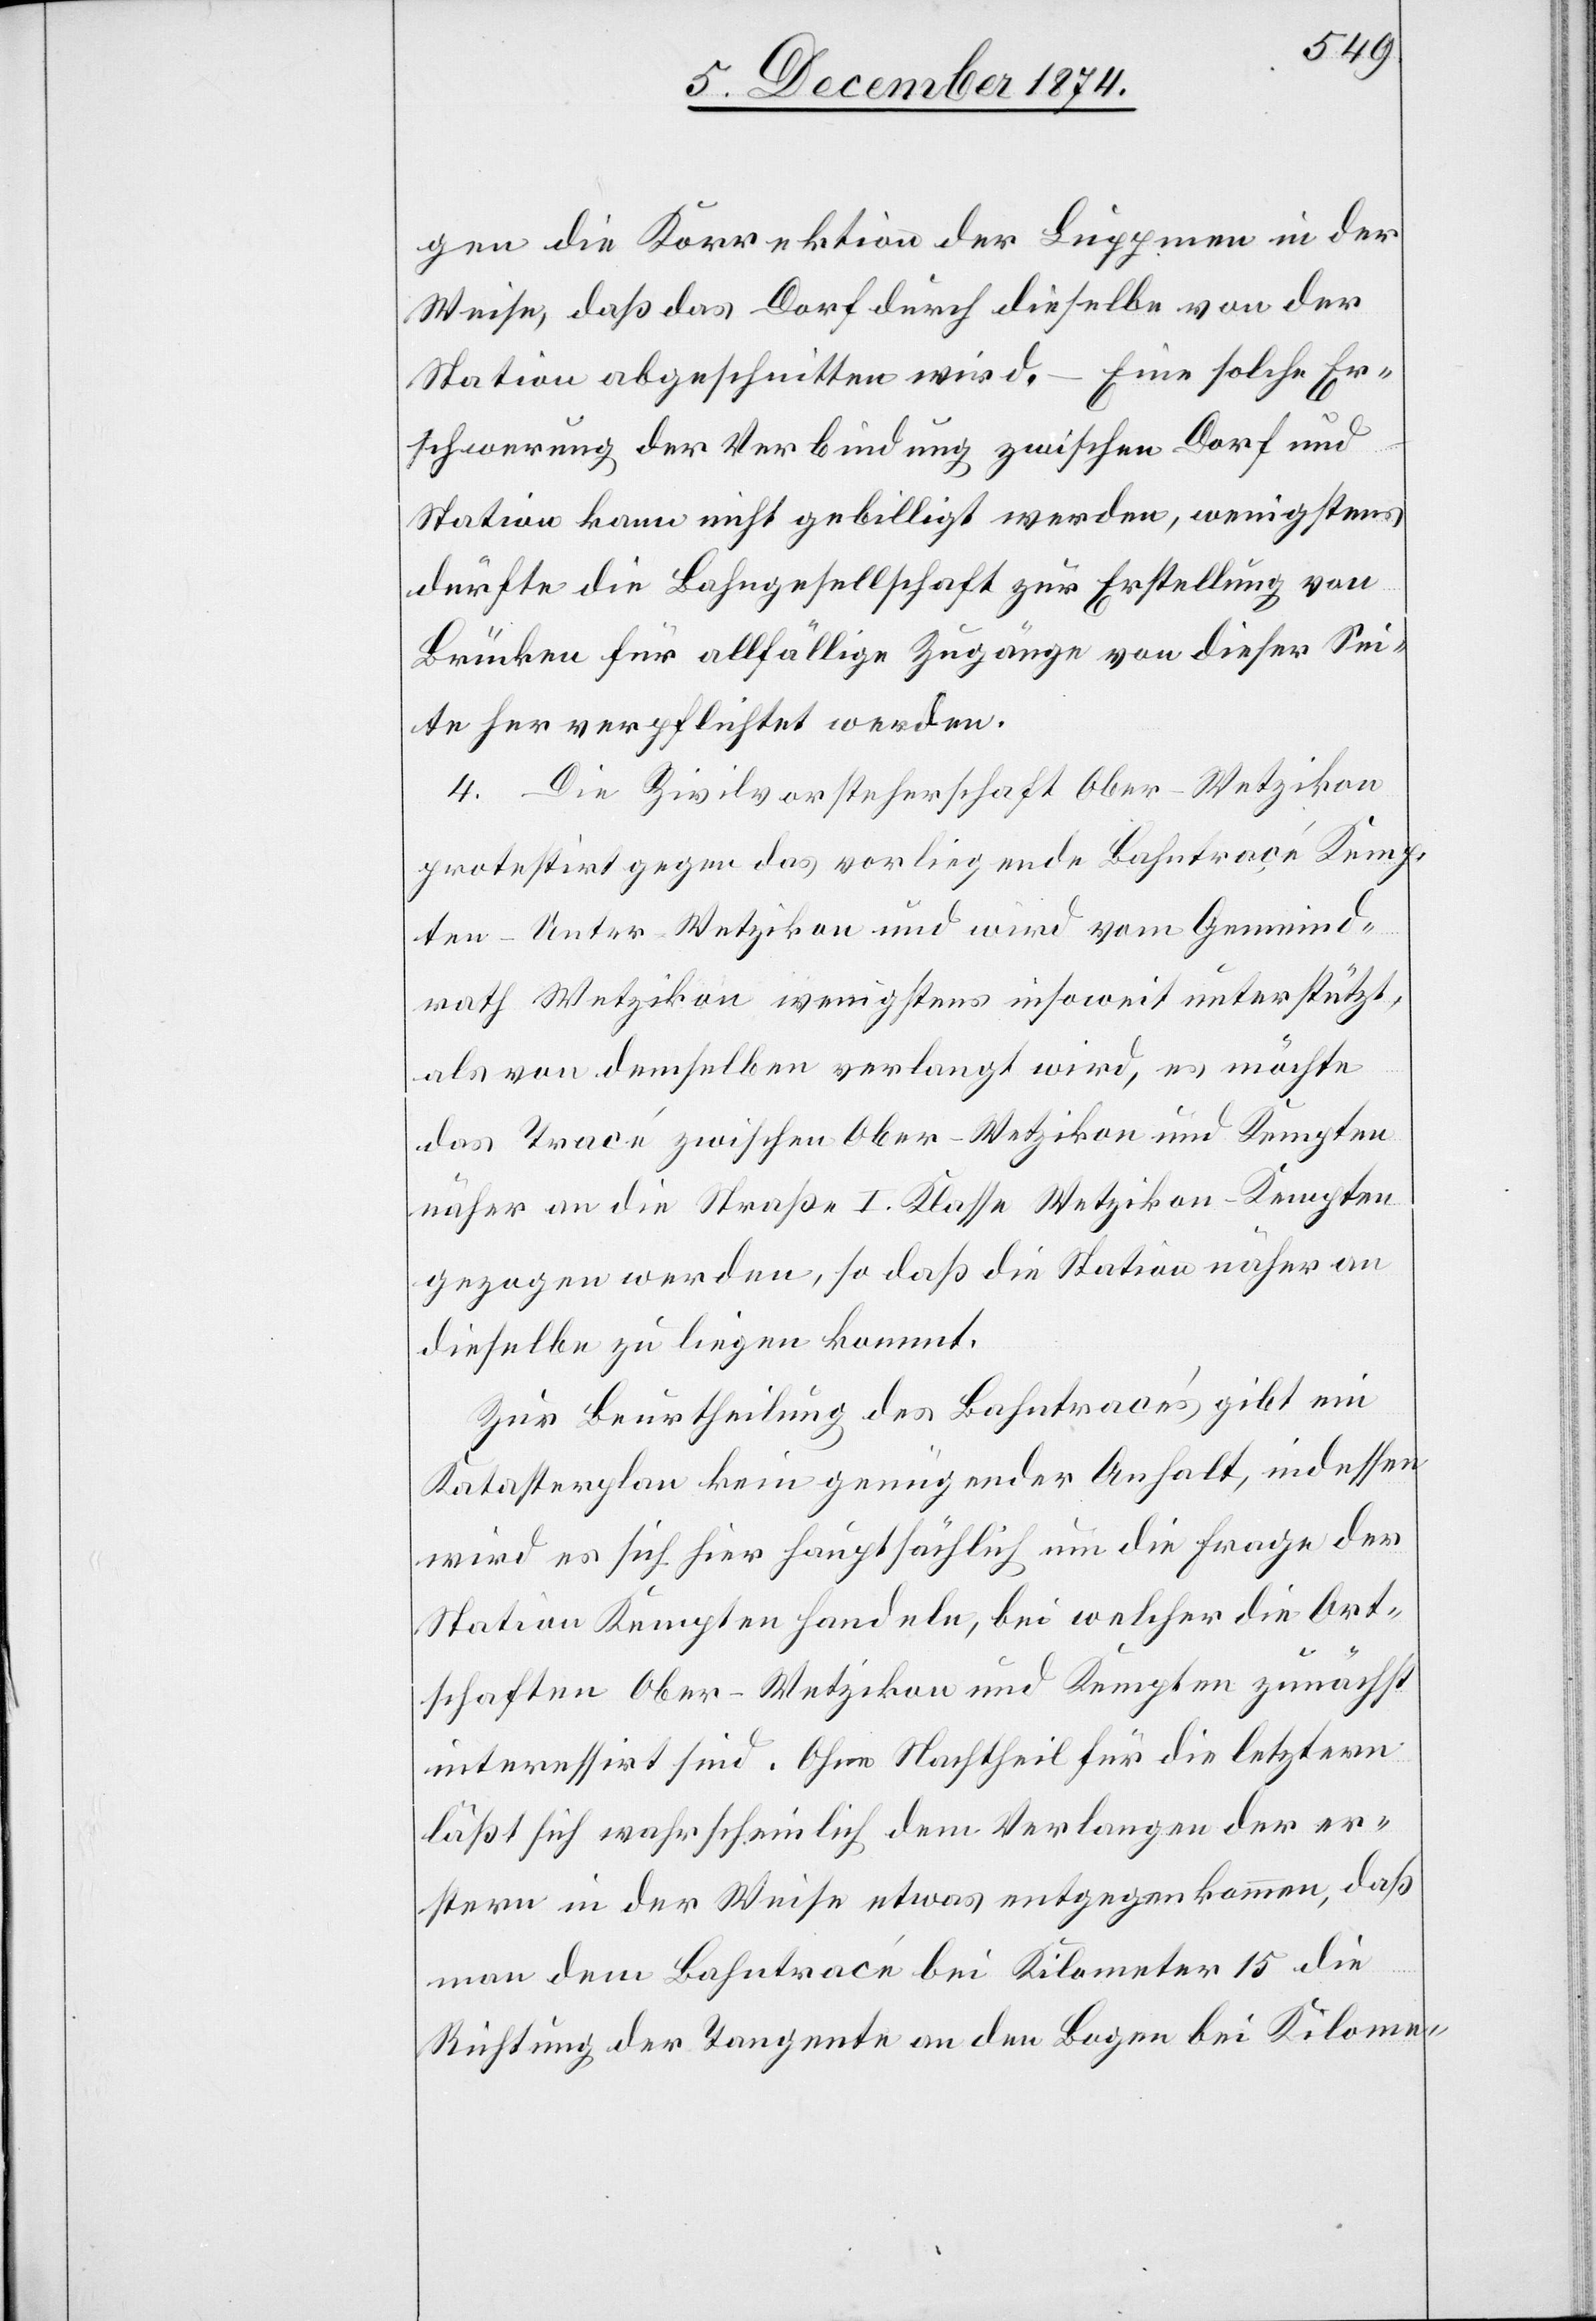
gen die Korrektion der Luppmen in der
Weise, daß das Dorf durch dieselbe von der
Station abgeschnitten wird. – Eine solche Er¬
schwerung der Verbindung zwischen Dorf und
Station kann nicht gebilligt werden, wenigstens
dürfte die Bahngesellschaft zur Erstellung von
Brücken für allfällige Zugänge von dieser Sei¬
te her verpflichtet werden.
4. Die Zivilvorsteherschaft Ober-Wetzikon
protestirt gegen das vorliegende Bahntraçé Kemp¬
ten–Unter-Wetzikon und wird vom Gemeind¬
rath Wetzikon wenigstens insoweit unterstützt,
als von demselben verlangt wird, es möchte
das Tracé zwischen Ober-Wetzikon und Kempten
näher an die Straße I. Klasse Wetzikon–Kempten
gezogen werden, so daß die Station näher an
dieselbe zu liegen kommt.
Zur Beurtheilung des Bahntracés gibt ein
Katasterplan kein genügender Anhalt, indessen
wird es sich hier hauptsächlich um die Frage der
Station Kempten handeln, bei welcher die Ort¬
schaften Ober-Wetzikon und Kempten zunächst
interessirt sind. Ohne Nachtheil für die letztern
läßt sich wahrscheinlich dem Verlangen der er¬
stern in der Weise etwas entgegen kommen, daß
man dem Bahntracé bei Kilometer 15 die
Richtung der Tangente an den Bogen bei Kilome-